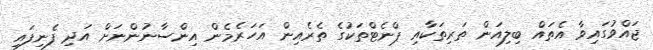
ޖައްވުގައިވާ އެތައް ބިލިއަން ތަރިތަކާއި ޕްނެޓްތަކުގެ ތެރެއިން އަހަރެމެން އިންސާނުންނަށް އަދި ފެނިފައި